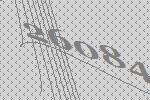
26084